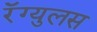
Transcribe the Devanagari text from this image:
रॅग्युलस